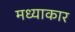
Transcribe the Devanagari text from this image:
मध्याकार